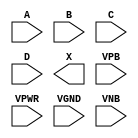
module sky130_fd_sc_hd__and4 (
    //# {{data|Data Signals}}
    input  A   ,
    input  B   ,
    input  C   ,
    input  D   ,
    output X   ,

    //# {{power|Power}}
    input  VPB ,
    input  VPWR,
    input  VGND,
    input  VNB
);
endmodule